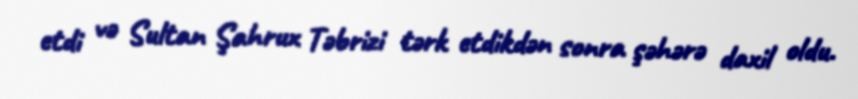
etdi və Sultan Şahrux Təbrizi tərk etdikdən sonra şəhərə daxil oldu.